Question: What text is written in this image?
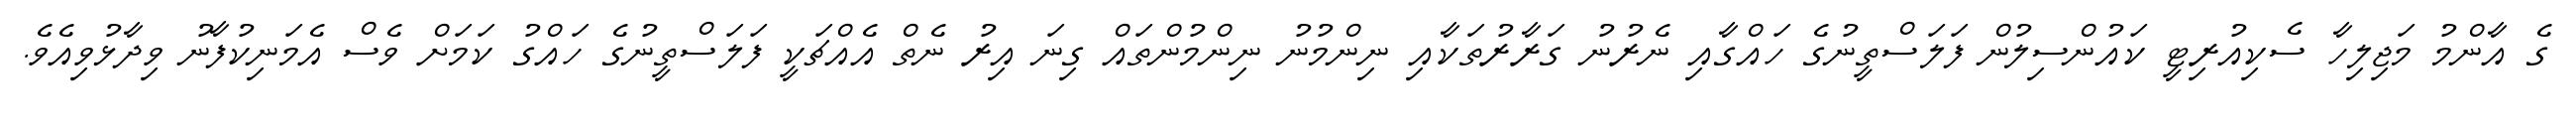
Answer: ގެ އާންމު މަޖިލިހާ ސެކިއުރިޓީ ކައުންސިލުން ފަލަސްތީނުގެ ހައްގާއި ނެރުނު ގަރާރުތަކާއި ނިންމުނު ނިންމުންތައް ގިނަ އިރު ނެތް އެއްޗަކީ ފަލަސްތީނުގެ ހައްގު ކަމަށް ވެސް އެމަނިކުފާނު ވިދާޅުވިއެވެ.